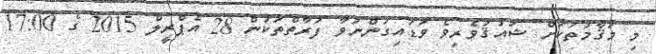
މި މަޤާމުތަކަށް ޝައުޤުވެރިވެ ވަޑައިގަންނަވާ ފަރާތްތަކުން 28 އެޕްރީލް 2015 ގެ 17:00